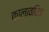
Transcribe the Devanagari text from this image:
कालावधिक